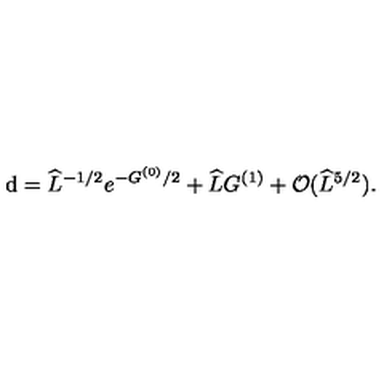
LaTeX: \mathrm { d } = \widehat { L } ^ { - 1 / 2 } e ^ { - G ^ { ( 0 ) } / 2 } + \widehat { L } G ^ { ( 1 ) } + { \cal O } ( \widehat { L } ^ { 5 / 2 } ) .